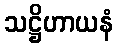
သဋ္ဌိဟာယနံ